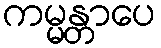
ကမ္မန္တာပေ